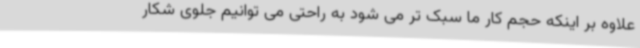
علاوه بر اینکه حجم کار ما سبک تر می شود به راحتی می توانیم جلوی شکار